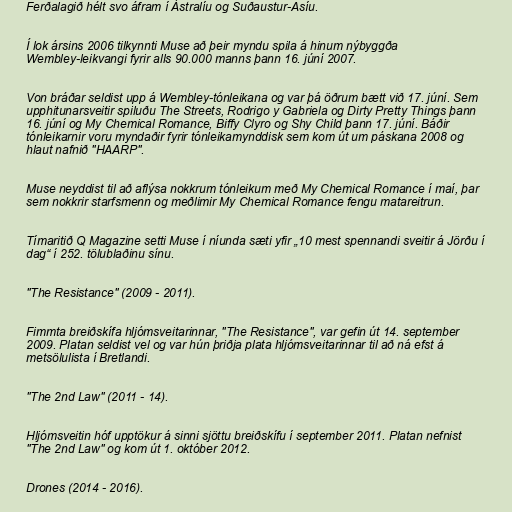
Ferðalagið hélt svo áfram í Ástralíu og Suðaustur-Asíu.

Í lok ársins 2006 tilkynnti Muse að þeir myndu spila á hinum nýbyggða
Wembley-leikvangi fyrir alls 90.000 manns þann 16. júní 2007.

Von bráðar seldist upp á Wembley-tónleikana og var þá öðrum bætt við 17. júní. Sem
upphitunarsveitir spiluðu The Streets, Rodrigo y Gabriela og Dirty Pretty Things þann
16. júní og My Chemical Romance, Biffy Clyro og Shy Child þann 17. júní. Báðir
tónleikarnir voru myndaðir fyrir tónleikamynddisk sem kom út um páskana 2008 og
hlaut nafnið "HAARP".

Muse neyddist til að aflýsa nokkrum tónleikum með My Chemical Romance í maí, þar
sem nokkrir starfsmenn og meðlimir My Chemical Romance fengu matareitrun.

Tímaritið Q Magazine setti Muse í níunda sæti yfir „10 mest spennandi sveitir á Jörðu í
dag“ í 252. tölublaðinu sínu.

"The Resistance" (2009 - 2011).

Fimmta breiðskífa hljómsveitarinnar, "The Resistance", var gefin út 14. september
2009. Platan seldist vel og var hún þriðja plata hljómsveitarinnar til að ná efst á
metsölulista í Bretlandi.

"The 2nd Law" (2011 - 14).

Hljómsveitin hóf upptökur á sinni sjöttu breiðskífu í september 2011. Platan nefnist
"The 2nd Law" og kom út 1. október 2012.

Drones (2014 - 2016).